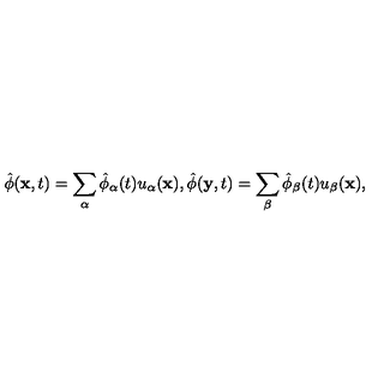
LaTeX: \hat { \phi } ( { \bf x } , t ) = \sum _ { \alpha } \hat { \phi } _ { \alpha } ( t ) u _ { \alpha } ( { \bf x } ) , \hat { \phi } ( { \bf y } , t ) = \sum _ { \beta } \hat { \phi } _ { \beta } ( t ) u _ { \beta } ( { \bf x } ) ,